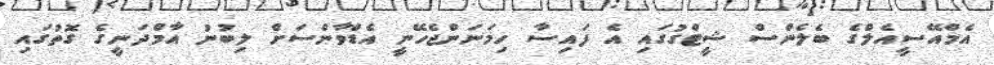
އެމްއޭސީއެލްގެ ބެލެންސް ޝީޓްގުގައި އެ ފައިސާ ހިމަނަންޖެހޭނީ އެޑްވާންސަށް ލިބުނު އާމްދަނީގެ ގޮތުގައި